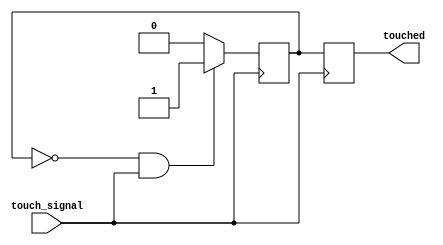
`timescale 1ns / 1ps
//////////////////////////////////////////////////////////////////////////////////
// Company: 
// Engineer: 
// 
// Design Name: 
// Module Name: TouchSensor
// Project Name: 
// Target Devices: 
// Tool Versions: 
// Description: 
// 
// Dependencies: 
// 
// Revision:
// Revision 0.01 - File Created
// Additional Comments:
// 
//////////////////////////////////////////////////////////////////////////////////


module TouchSensor (
  input wire touch_signal,
  output reg touched
);

  reg touch_state, touch_state_next;

  // Sequential logic to detect touch
  always @(posedge touch_signal) begin
    touch_state <= touch_state_next;
  end

  // Combinational logic to update touch state
  always @(touch_state) begin
    // You may need to adjust the condition based on the touch sensor behavior
    touch_state_next = (touch_state == 0 && touch_signal == 1'b1) ? 1'b1 : 1'b0;
  end

  // Output assignment
  always @(posedge touch_signal) begin
    touched <= touch_state;
  end

endmodule